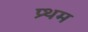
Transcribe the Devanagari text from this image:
प्र्थम